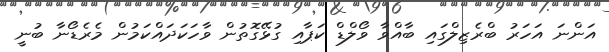
އަންނަ އަހަރު ބްރެޒިލްގައި ބާއްވާ ވޯލްޑް ކަޕާއި ގުޅޭގޮތުން ވާހަކަދައްކަމުން މެރެޑޯނާ ބުނީ